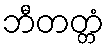
ဘီတတ္တံ